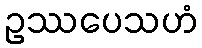
ဥဿပေသဟံ